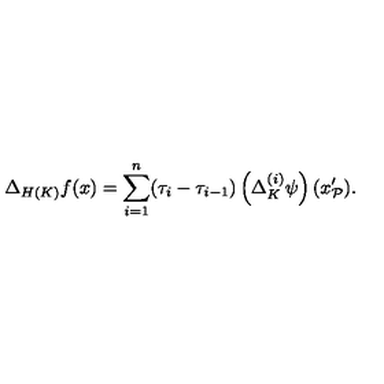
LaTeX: \Delta _ { H ( K ) } f ( x ) = \sum _ { i = 1 } ^ { n } ( \tau _ { i } - \tau _ { i - 1 } ) \left( \Delta _ { K } ^ { ( i ) } \psi \right) ( x _ { \mathcal { P } } ^ { \prime } \mathbf { ) . }